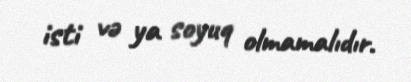
isti və ya soyuq olmamalıdır.